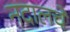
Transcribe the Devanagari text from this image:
नदालचे